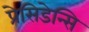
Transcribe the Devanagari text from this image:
प्रेसिडेन्सि